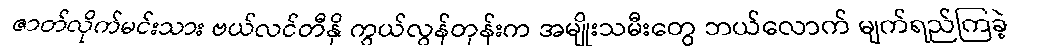
ဇာတ်လိုက်မင်းသား ဗယ်လင်တီနို ကွယ်လွန်တုန်းက အမျိုးသမီးတွေ ဘယ်လောက် မျက်ရည်ကြခဲ့